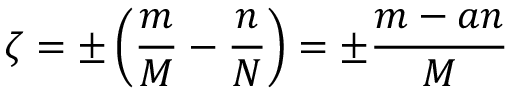
\zeta = \pm \left( \frac { m } { M } - \frac { n } { N } \right) = \pm \frac { m - a n } { M }